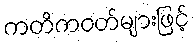
ကတိကဝတ်များဖြင့်